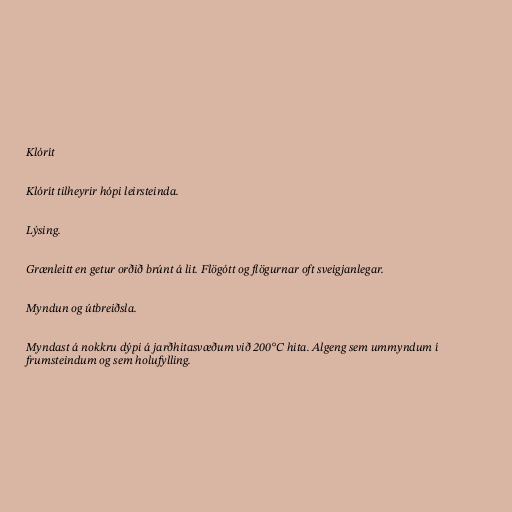
Klórít

Klórít tilheyrir hópi leirsteinda.

Lýsing.

Grænleitt en getur orðið brúnt á lit. Flögótt og flögurnar oft sveigjanlegar.

Myndun og útbreiðsla.

Myndast á nokkru dýpi á jarðhitasvæðum við 200°C hita. Algeng sem ummyndum í
frumsteindum og sem holufylling.